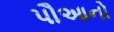
પૌઆનો